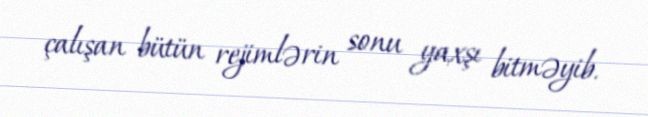
çalışan bütün rejimlərin sonu yaxşı bitməyib.